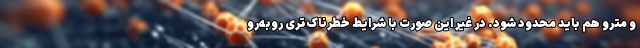
و مترو هم باید محدود شود. در غیر این صورت با شرایط خطرناک‌تری روبه‌رو